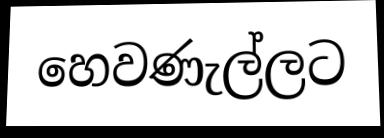
හෙවණැල්ලට